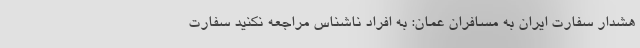
هشدار سفارت ایران به مسافران عمان: به افراد ناشناس مراجعه نکنید سفارت